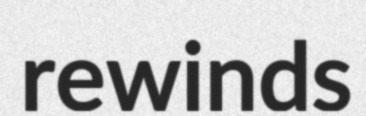
rewinds